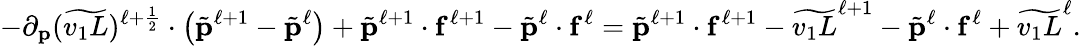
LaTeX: -\partial_{\mathbf{p}}(\widetilde{v_{1}L})^{\ell+\frac{1}{2}}\cdot\left(\tilde{\mathbf{p}}^{\ell+1}-\tilde{\mathbf{p}}^{\ell}\right)+\tilde{\mathbf{p}}^{\ell+1}\cdot\mathbf{f}^{\ell+1}-\tilde{\mathbf{p}}^{\ell}\cdot\mathbf{f}^{\ell}=\tilde{\mathbf{p}}^{\ell+1}\cdot\mathbf{f}^{\ell+1}-\widetilde{v_{1}L}^{\ell+1}-\tilde{\mathbf{p}}^{\ell}\cdot\mathbf{f}^{\ell}+\widetilde{v_{1}L}^{\ell}.